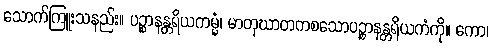
သောက်ကြူးသနည်း။ ပဉ္စာနန္တရိယကမ္မံ၊ မာတုဃာတကစသောပဉ္စာနန္တရိယကံကို။ ကော၊